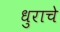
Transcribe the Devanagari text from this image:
धुराचे